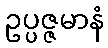
ဥပ္ပဇ္ဇမာနံ